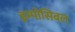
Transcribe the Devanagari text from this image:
इम्पोसिबल